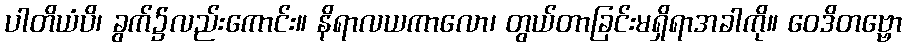
ပါတိယံပိ၊ ခွက်၌လည်းကောင်း။ နိရာလယကာလော၊ တွယ်တာခြင်းမရှိရာအခါကို။ ဝေဒိတဗ္ဗော